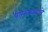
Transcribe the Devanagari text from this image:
पासलकरांचे